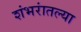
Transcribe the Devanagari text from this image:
शंभरांतल्या